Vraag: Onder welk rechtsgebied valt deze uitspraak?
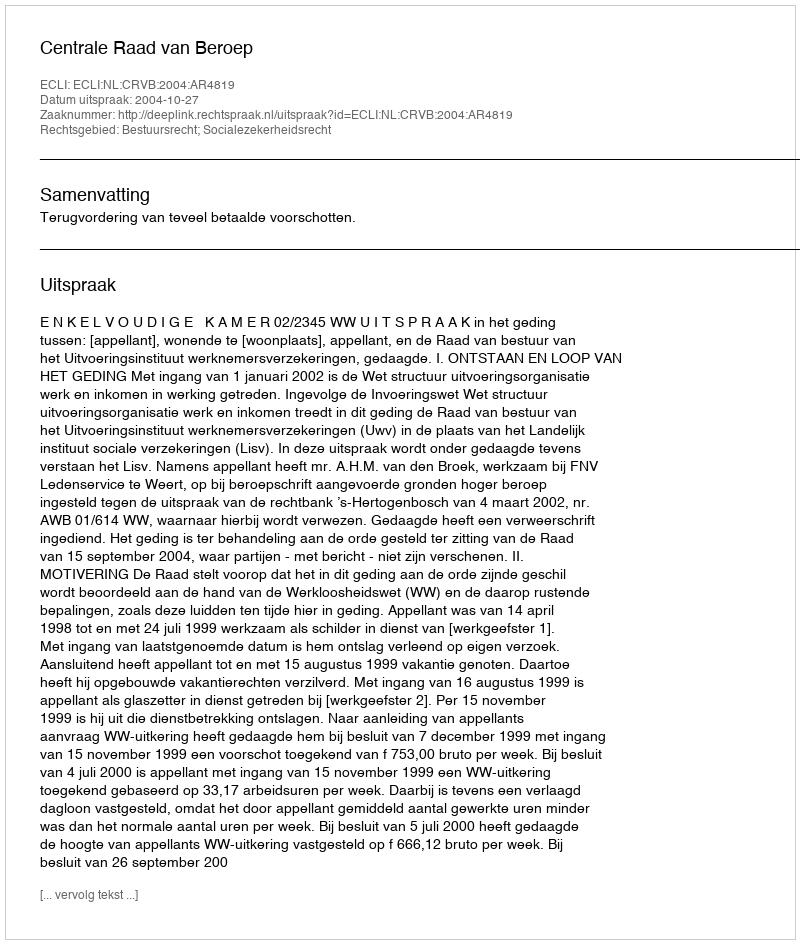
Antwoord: Bestuursrecht; Socialezekerheidsrecht